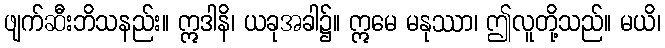
ဖျက်ဆီးဘိသနည်း။ ဣဒါနိ၊ ယခုအခါ၌။ ဣမေ မနုဿာ၊ ဤလူတို့သည်။ မယိ၊